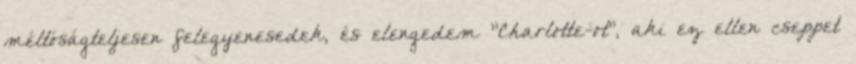
méltóságteljesen felegyenesedek, és elengedem "Charlotte-ot", aki ez ellen cseppet